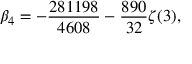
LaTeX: \beta _ { 4 } = - \frac { 2 8 1 1 9 8 } { 4 6 0 8 } - \frac { 8 9 0 } { 3 2 } \zeta ( 3 ) ,